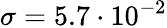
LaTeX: \sigma=5.7\cdot 10^{-2}